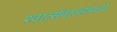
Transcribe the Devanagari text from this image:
श्वार्त्सवाल्डमध्ये